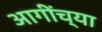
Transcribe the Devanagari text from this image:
आगींच्या